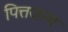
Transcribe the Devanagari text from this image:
पित्तजन्य